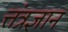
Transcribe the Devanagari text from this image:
त्तंत्रज्ञान